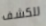
للكشف